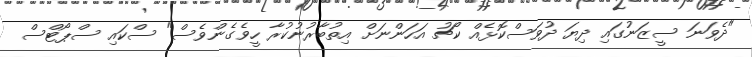
"ދެވަނަ ސީޒަނުގައި ދިޔަ ދުވަސްކޮޅެއް ކޯޗު އަހަންނަށް އިތުބާރުނުކުރާ ހީވެގެންވެސް" ސްކައި ސްޕޯޓްސް